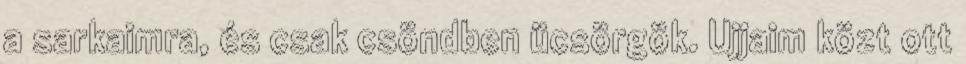
a sarkaimra, és csak csöndben ücsörgök. Ujjaim közt ott